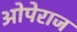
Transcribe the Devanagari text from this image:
ओपेराज